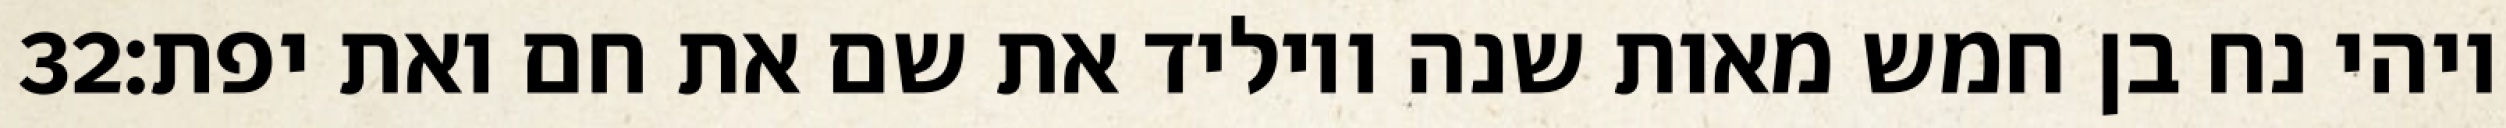
‎32‏ ויהי נח בן חמש מאות שנה ויוליד את שם את חם ואת יפת׃